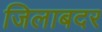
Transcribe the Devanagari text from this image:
जिलाबदर